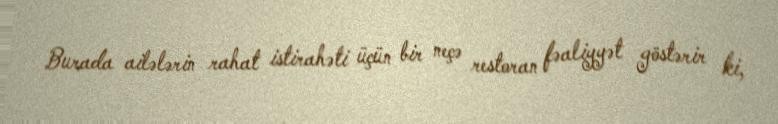
Burada ailələrin rahat istirahəti üçün bir neçə restoran fəaliyyət göstərir ki,